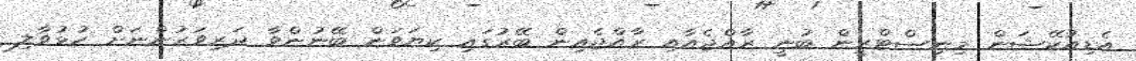
އެޑިއުކޭޝަން މިނިސްޓްރީން ބުނީ ރާއްޖެއާއި ރާއްޖެއިން ބޭރުގައި ކިޔަވަން ބޭނުންވާ ދަރިވަރުންނަށް ހުޅުވާލި